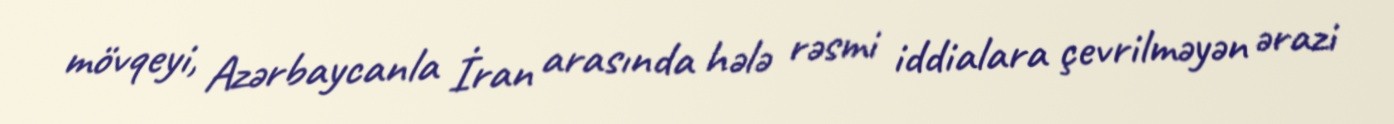
mövqeyi, Azərbaycanla İran arasında hələ rəsmi iddialara çevrilməyən ərazi